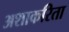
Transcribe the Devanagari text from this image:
अशाकरिता